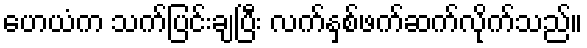
ဟေယံက သက်ပြင်းချပြီး လက်နှစ်ဖက်ဆက်လိုက်သည်။